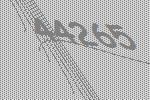
44265